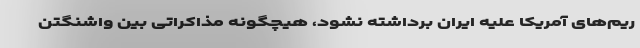
ریم‌های آمریکا علیه ایران برداشته نشود، هیچگونه مذاکراتی بین واشنگتن